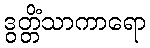
ဒွတ္တိံသာကာရော